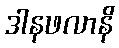
ဒါနဖလာနိ